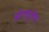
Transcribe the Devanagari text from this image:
बोलवुलेस